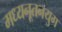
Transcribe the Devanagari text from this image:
मध्यनूतनयुग